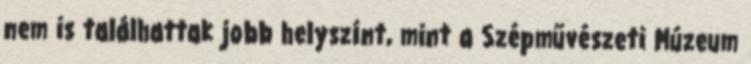
nem is találhattak jobb helyszínt, mint a Szépművészeti Múzeum